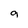
Character: 9